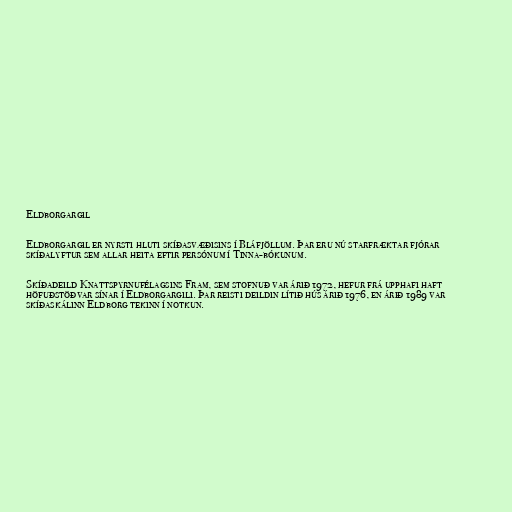
Eldborgargil

Eldborgargil er nyrsti hluti skíðasvæðisins í Bláfjöllum. Þar eru nú starfræktar fjórar
skíðalyftur sem allar heita eftir persónum í Tinna-bókunum.

Skíðadeild Knattspyrnufélagsins Fram, sem stofnuð var árið 1972, hefur frá upphafi haft
höfuðstöðvar sínar í Eldborgargili. Þar reisti deildin lítið hús árið 1976, en árið 1989 var
skíðaskálinn Eldborg tekinn í notkun.